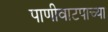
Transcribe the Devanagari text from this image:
पाणीवाटपाच्या